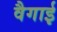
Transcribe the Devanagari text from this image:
वैगाई